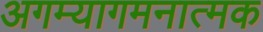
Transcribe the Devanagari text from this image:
अगम्यागमनात्मक